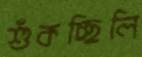
শুঁকচ্ছিলি